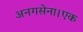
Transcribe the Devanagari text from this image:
अनगसेना।एक